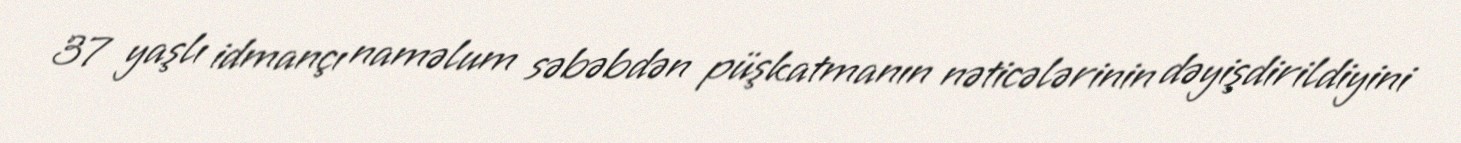
37 yaşlı idmançı naməlum səbəbdən püşkatmanın nəticələrinin dəyişdirildiyini